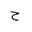
Letter: _ha